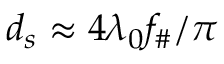
d _ { s } \approx 4 \lambda _ { 0 } f _ { \# } / \pi